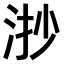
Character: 𣴷